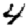
Digit: 4